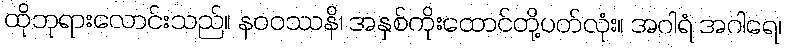
ထိုဘုရားလောင်းသည်။ နဝဝဿနိ၊ အနှစ်ကိုးထောင်တို့ပတ်လုံး။ အဂါရံ အဂါရေ၊